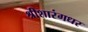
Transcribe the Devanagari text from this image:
श्रीशारंगधर